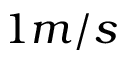
1 m / s